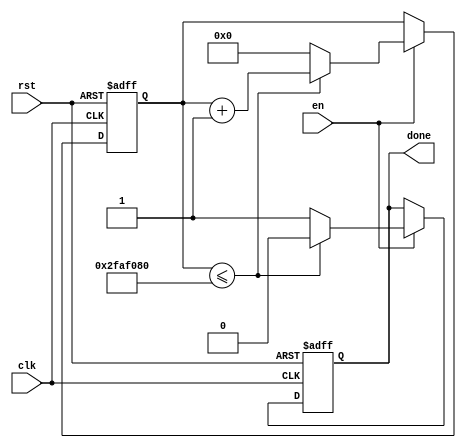
module time_to_hit(clk, rst, en, done);
input clk;
input rst;
input en;
output reg done;

//sets a parameter for how long a second is which is based on the 
//clock for this project which is 50 million hz
parameter one_second = 26'd50000000;

reg [25:0]counter;

/*
This seqential always block sets the value of counter to 0 until reset 
is on in which counter counts each clock cycle, adding 1 to the counter
until it reaches the parameter, sending a done signal to guitar. In this
case though the done signal can also be activated by a button press in
the guitar file.
*/
always @ (posedge clk or negedge rst)
	begin 
	if (rst == 1'b0)
	begin
		counter <= 26'd0;
		done <= 1'b0;
	end
	else
		if (en == 1'b1)
			if (counter <= one_second)
			begin
				done <= 1'b0;
				counter <= counter +1'b1;
			end
			else
			begin
				done <= 1'b1;
				counter <= 26'd0;
			end
	end
endmodule